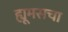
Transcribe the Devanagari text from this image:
ह्यूमसचा